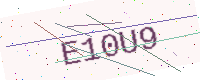
Text: E10U9